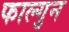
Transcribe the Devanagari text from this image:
फाल्‍गुन